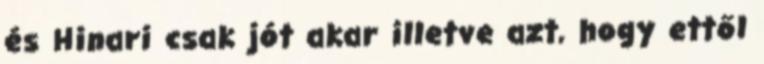
és Hinari csak jót akar illetve azt, hogy ettől